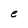
Character: e